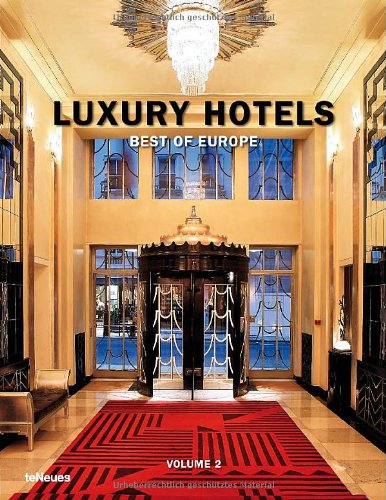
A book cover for Luxury Hotels Best of Europe Volume 2; Arts & Photography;